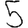
Digit: 5